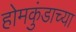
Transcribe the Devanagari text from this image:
होमकुंडाच्या